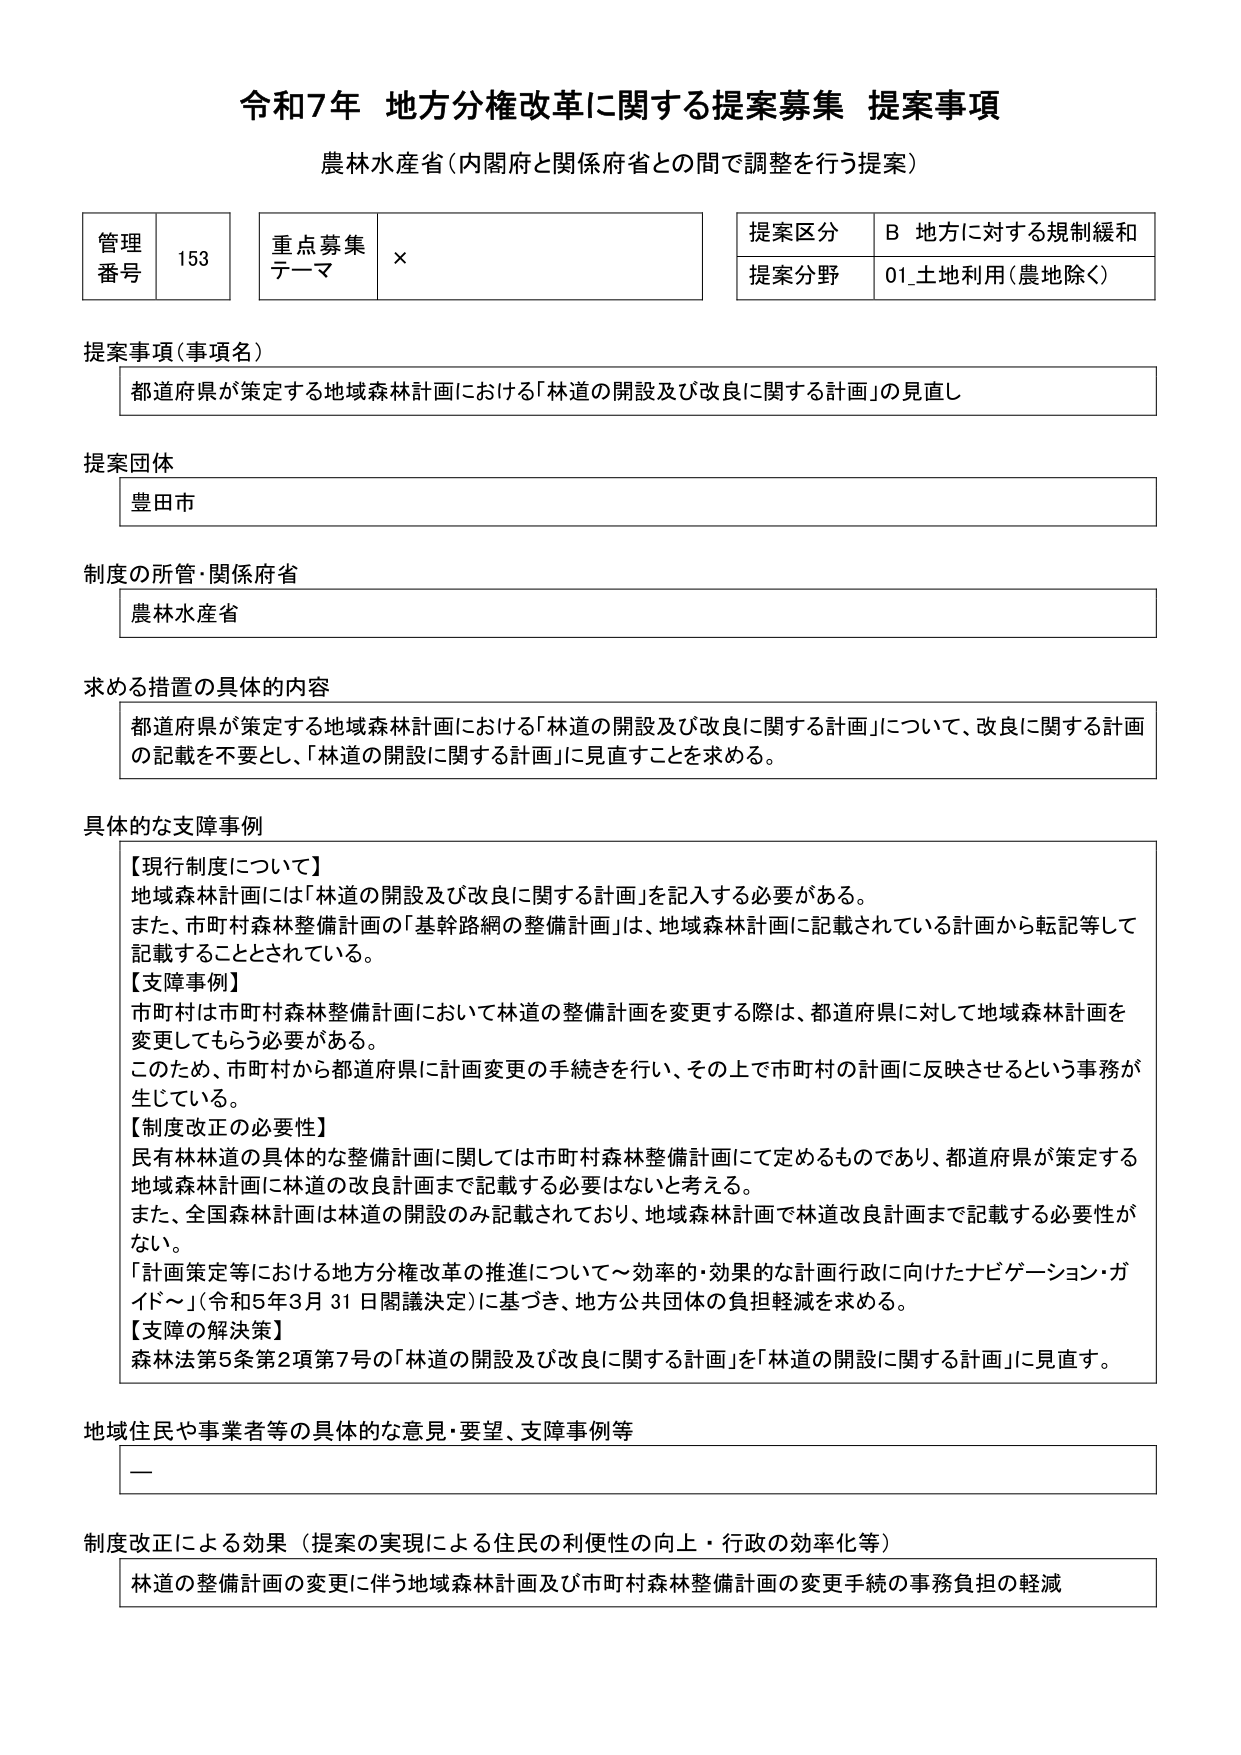
令和7年 地方分権改革に関する提案募集 提案事項
農林水産省（内閣府と関係府省との間で調整を行う提案）

管理番号 153
重点募集テーマ ×
提案区分 B 地方に対する規制緩和
提案分野 01_土地利用（農地除く）

提案事項（事項名）
都道府県が策定する地域森林計画における「林道の開設及び改良に関する計画」の見直し

提案団体
豊田市

制度の所管・関係府省
農林水産省

求める措置の具体的内容
都道府県が策定する地域森林計画における「林道の開設及び改良に関する計画」について、改良に関する計画の記載を不要とし、「林道の開設に関する計画」に見直すことを求める。

具体的な支障事例
【現行制度について】
地域森林計画には「林道の開設及び改良に関する計画」を記入する必要がある。
また、市町村森林整備計画の「基幹路網の整備計画」は、地域森林計画に記載されている計画から転記等して記載することとされている。
【支障事例】
市町村は市町村森林整備計画において林道の整備計画を変更する際は、都道府県に対して地域森林計画を変更してもらう必要がある。
このため、市町村から都道府県に計画変更の手続きを行い、その上で市町村の計画に反映させるという事務が生じている。
【制度改正の必要性】
民有林林道の具体的な整備計画に関しては市町村森林整備計画にて定めるものであり、都道府県が策定する地域森林計画に林道の改良計画まで記載する必要はないと考える。
また、全国森林計画は林道の開設のみ記載されており、地域森林計画で林道改良計画まで記載する必要性がない。
「計画策定等における地方分権改革の推進について～効率的・効果的な計画行政に向けたナビゲーション・ガイド～」（令和5年3月31日閣議決定）に基づき、地方公共団体の負担軽減を求める。
【支障の解決策】
森林法第5条第2項第7号の「林道の開設及び改良に関する計画」を「林道の開設に関する計画」に見直す。

地域住民や事業者等の具体的な意見・要望、支障事例等
ー

制度改正による効果（提案の実現による住民の利便性の向上・行政の効率化等）
林道の整備計画の変更に伴う地域森林計画及び市町村森林整備計画の変更手続の事務負担の軽減